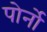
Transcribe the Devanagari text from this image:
पोर्नो